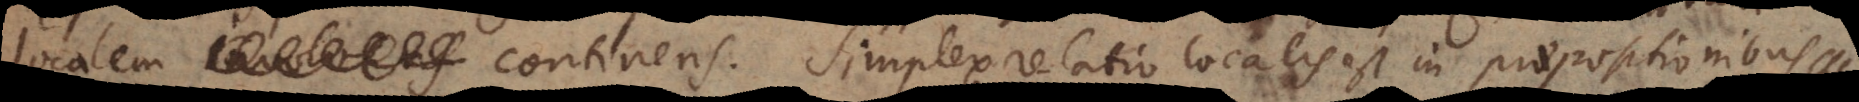
involvens continens. Simplex relatio localis est in praepositionibus